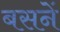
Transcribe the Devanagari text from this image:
बसनें